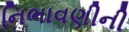
નિભાવણીની